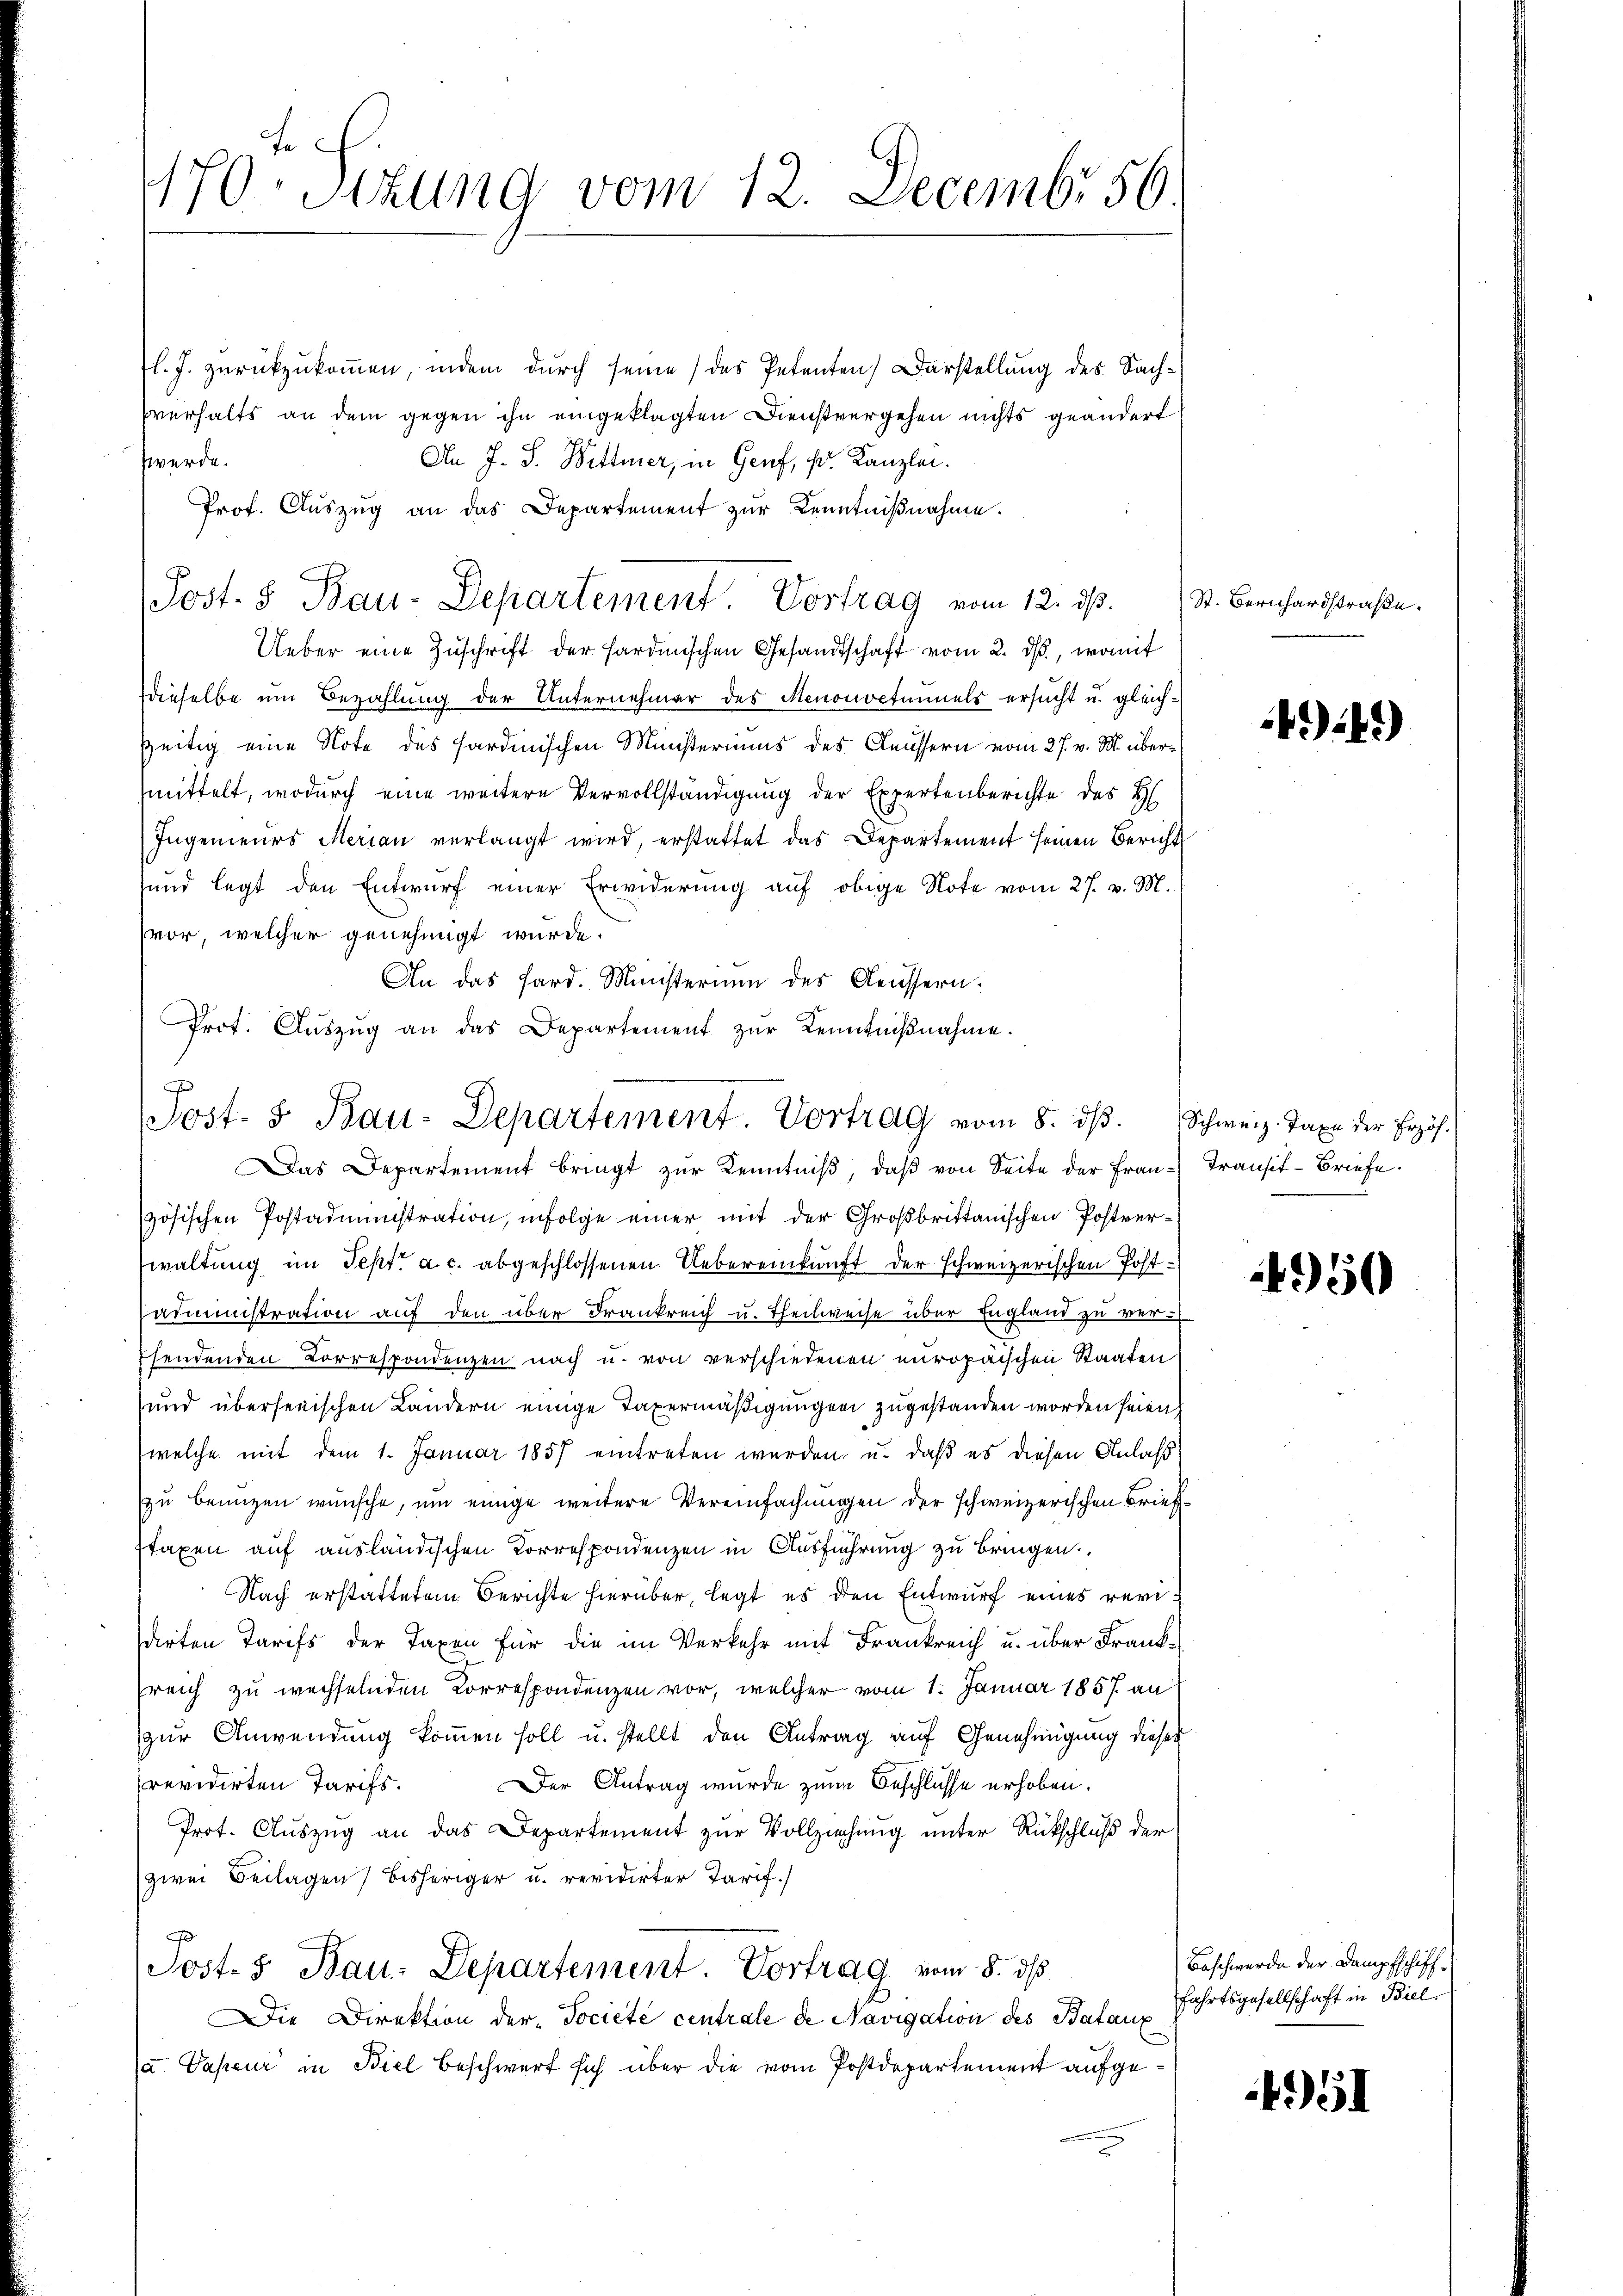
170. Sizung vom 12. Decembr 56.

l. J. zurückzukommen, indem durch seine das Petenten Darstellung des Sachsverhalts an dem gegen ihn eingeklagten Dienstvergehen nichts geändert
An J. S. Wittmer, in Genf, Fr. Kanzlei.
werde.
Prof. Auszug an das Departement zur Kenntnißnahme.
Ueber eine Zuschrift der Hardmischen Gesandtschaft vom 2. ds., womit
dieselbe um Bezahlung der Unternehmer des Menonoctunnels ersucht u. gleichzeitig eine Note des sardinischen Münsteriums des Aeussern vom 27. v. M. übermittelt, wodurch eine weitere Vervollständigung der Expertenberichte des H
Ingenieŭrs Merian verlangt wird, erstattet das Departement seinen Bericht
und legt den Entwurf einer Erwiderung auf obige Note vom 27. v. M.
vor, welcher genehmigt wurde.
An das Sard. Ministerium des Aeussern.
Das Departement bringt zŭr Kenntniβ, daβ von Seite der Fran-Transit-Briefe.
zösischen Postadministration, infolge einer mit der Großbrittanischen Postverwaltung im Sept. a. c. abgeschlossenen Uebereinkunft der schweizerischen Postsadministration auf den über Frankreich u. Theilweise über England zu ver¬
Esendenden Korrespondenzen nach u. von verschiedenen europäischen Staaten
und überherischen Ländern einige Taxermäßigungen zugestanden worden seien,
welche mit dem 1. Januar 1857 eintreten werden u. daß es diesen Anlaß
zu bringen wünsche, um einige weitere Vereinfachungen der schweizerischen Briefstaxen auf ausländischen Korrespondenzen in Ausführung zu bringen.
Nach erstattetem Berichte hierüber, legt es den Entwurf eines revisarten Tarifs der Taxen für die im Verkehr mit Frankreich u. über Frank-
sreich zu wechselnden Korrespondenzen vor, welcher vom 1. Januar 1857 an
zur Anwendung kommen soll u. stellt den Antrag auf Genehmigung dieses
revidirten Tarifs. Der Antrag wurde zum Beschlüsse erhoben.
Prot. Auszug an das Departement zur Vollziehung unter Rückschluß der
(zwei Beilagen bisheriger u. revidirter Tarif.)
Post. 5. Bau-Departement. Vortrag vom 8. ds
ie Direktion der Société centrale de Navigation des Batanz
 Sapeur in Biel beschwert sich über die vom Postdepartement aufge¬

Post. 8 Bau-Departement. Vortrag vom 12. ds.

Prot. Aŭszŭg an das Departement zŭr Kenntniβnahme.
Jost- & Bau-Departement. Vortrag vom 8. dβ. Schweiz. Taxe der Erzöh-

St. Bernhardstraße.

14)

4950

Beschwerde der Dampfschiff
fahrtsgesellschaft in Biel

451